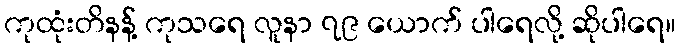
ကုထုံးတိနန့် ကုသရေ လူနာ ၇၉ ယောက် ပါရေလို့ ဆိုပါရေ။